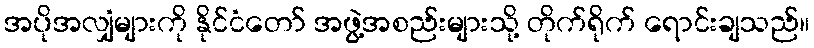
အပိုအလျှံများကို နိုင်ငံတော် အဖွဲ့အစည်းများသို့ တိုက်ရိုက် ရောင်းချသည်။